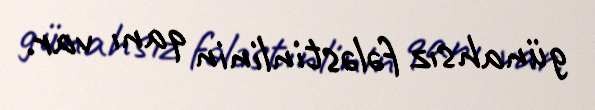
günahsız fələstinlinin qanı var.